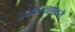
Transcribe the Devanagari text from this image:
जनकल्याणकरी